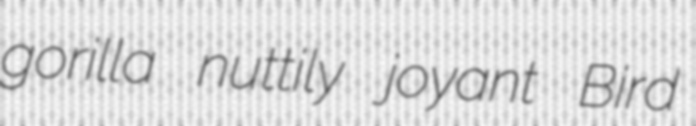
gorilla nuttily joyant Bird